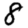
Digit: 8